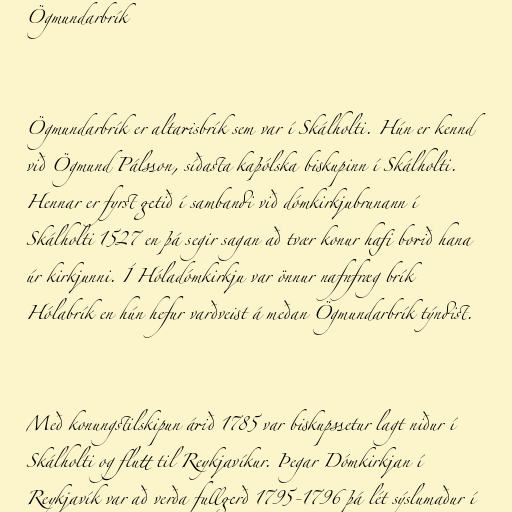
Ögmundarbrík

Ögmundarbrík er altarisbrík sem var í Skálholti. Hún er kennd
við Ögmund Pálsson, síðasta kaþólska biskupinn í Skálholti.
Hennar er fyrst getið í sambandi við dómkirkjubrunann í
Skálholti 1527 en þá segir sagan að tvær konur hafi borið hana
úr kirkjunni. Í Hóladómkirkju var önnur nafnfræg brík
Hólabrík en hún hefur varðveist á meðan Ögmundarbrík týndist.

Með konungstilskipun árið 1785 var biskupssetur lagt niður í
Skálholti og flutt til Reykjavíkur. Þegar Dómkirkjan í
Reykjavík var að verða fullgerð 1795-1796 þá lét sýslumaður í